Scientific memoirs by medical officers of the Army of India - Part V,
Year: 1890
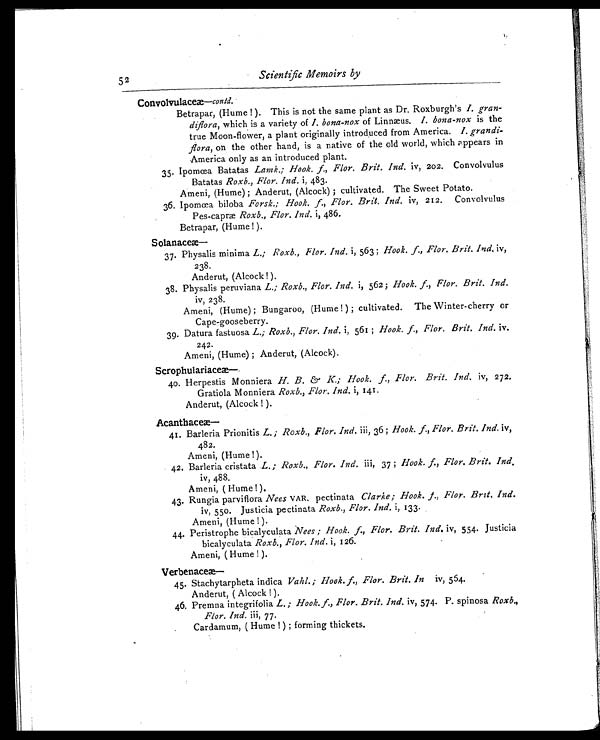
52
Scientific Memoirs by
Convolvulaceæ —contd.
Betrapar, (Hume!). This is not the same plant as Dr. Roxburgh's I. gran-
diflora, which is a variety of I. bona-nox of Linnæus. I. bona-nox is the
true Moon-flower, a plant originally introduced from America. I. grandi-
flora, on the other hand, is a native of the old world, which appears in
America only as an introduced plant.
35. Ipomœa Batatas Lamk.; Hook. f., Flor. Brit. Ind. iv, 202. Convolvulus
Batatas Roxb., Flor. Ind. i, 483.
Ameni, (Hume); Anderut, (Alcock); cultivated. The Sweet Potato.
36. Ipomœa biloba Forsk.; Hook. f., Flor. Brit. Ind. iv, 212. Convolvulus
Pes-capræ Roxb., Flor. Ind. i, 486.
Betrapar, (Hume!).
Solanace
æ—
37. Physalis minima L.; Roxb., Flor Ind. i, 563; Hook. f., Flor. Brit. Ind. iv,
238.
Anderut, (Alcock!).
38. Physalis peruviana L.; Roxb., Flor. Ind. i, 562; Hook. f., Flor. Brit. Ind.
iv, 238.
Ameni, (Hume); Bungaroo, (Hume!); cultivated. The Winter-cherry or
Cape-gooseberry.
39. Datura fastuosa L.; Roxb., Flor. Ind. i, 561; Hook. f., Flor. Brit. Ind. iv.
242.
Ameni, (Hume); Anderut, (Alcock).
Scrophulariaceæ—
40. Herpestis Monniera H. B. & K.; Hook. f., Flor. Brit. Ind. iv, 272.
Gratiola Monniera Roxb., Flor. Ind. i, 141.
Anderut, (Alcock!).
Acanthaceæ—
41. Barleria Prionitis L.; Roxb., Flor. Ind. iii, 36; Hook. f., Flor. Brit. Ind. iv,
482.
Ameni, (Hume!).
42. Barleria cristata L.; Roxb., Flor. Ind. iii, 37; Hook. f., Flor. Brit. Ind.
iv, 488.
Ameni, ( Hume!).
43. Rungia parviflora Nees VAR. pectinata Clarke; Hook. f., Flor. Brit, Ind.
iv, 550. Justicia pectinata Roxb., Flor. Ind. i, 133.
Ameni, (Hume!).
44. Peristrophe bicalyculata Nees; Hook. f., Flor. Brit. Ind, iv, 554. Justicia
bicalyculata Roxb., Flor. Ind. i, 126.
Ameni, (Hume!).
Verbenace
æ—
45. Stachytarpheta indica Vahl. ; Hook. f., Flor. Brit. In iv, 564.
Anderut, (Alcock!).
46. Premna integrifolia L.; Hook. f., Flor. Brit. Ind. iv, 574. P. spinosa Roxb.,
Flor.. Ind. iii, 77.
Cardamum, ( Hume!); forming thickets.